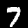
Label: 7